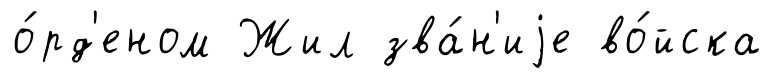
о́рд'еном Жил зва́н'иjе во́йска